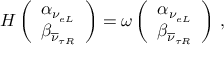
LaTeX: H \left( \begin{array} { c } { { \alpha _ { \nu _ { e L } } } } \\ { { \beta _ { \overline { { \nu } } _ { \tau R } } } } \end{array} \right) = \omega \left( \begin{array} { c } { { \alpha _ { \nu _ { e L } } } } \\ { { \beta _ { \overline { { \nu } } _ { \tau R } } } } \end{array} \right) \, ,